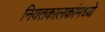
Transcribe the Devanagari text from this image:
नियतकालकांमध्ये